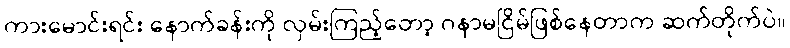
ကားမောင်းရင်း နောက်ခန်းကို လှမ်းကြည့်တော့ ဂနာမငြိမ်ဖြစ်နေတာက ဆက်တိုက်ပဲ။